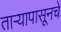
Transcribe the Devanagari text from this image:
ताऱ्यापासूनचे